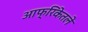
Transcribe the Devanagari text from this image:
आफ्रिकेतले